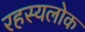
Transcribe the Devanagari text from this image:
रहस्यलोक